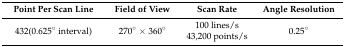
<table><thead><tr><td><b>Point Per Scan Line</b></td><td><b>Field of View</b></td><td><b>Scan Rate</b></td><td><b>Angle Resolution</b></td></tr></thead><tbody><tr><td>432(0.625° interval)</td><td>270° × 360°</td><td>100 lines/s 43,200 points/s</td><td>0.25°</td></tr></tbody></table>